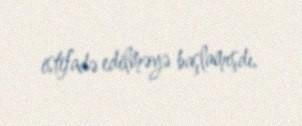
istifadə edilməyə başlamışdı.